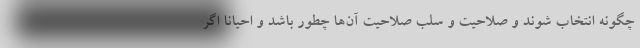
چگونه انتخاب شوند و صلاحیت و سلب صلاحیت آن‌ها چطور باشد و احیانا اگر